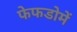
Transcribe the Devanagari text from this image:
फेफडोमें